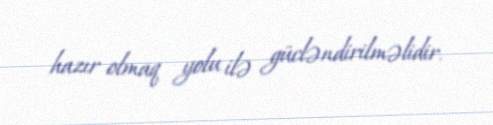
hazır olmaq yolu ilə gücləndirilməlidir.